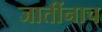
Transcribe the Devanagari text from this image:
जातींनाच